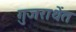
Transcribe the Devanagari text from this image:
गुजराथेंत